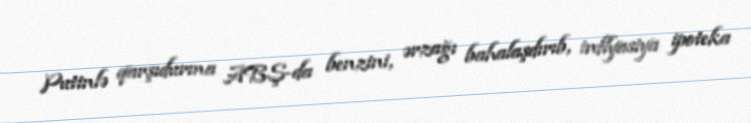
Putinlə qarşıdurma ABŞ-da benzini, ərzağı bahalaşdırıb, inflyasiya ipoteka